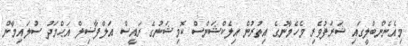
މިއެނެންބްލީގައި ޝަރަފުވެރި މެހެމާނުގެ އިތުރުން އިލެކްޝަންސް ކޮމިޝަނުގެ ރައީސް އަލްފާޟިލް އަޙްމަދު ސުލައިމާން